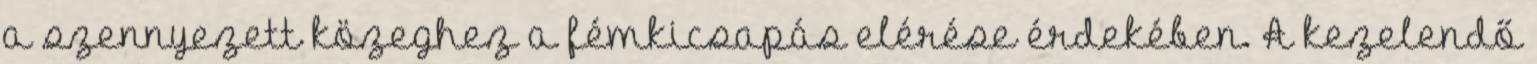
a szennyezett közeghez a fémkicsapás elérése érdekében. A kezelendő